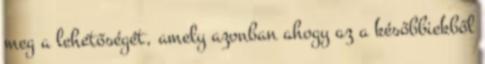
meg a lehetőségét, amely azonban ahogy az a későbbiekből